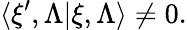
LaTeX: \langle\xi^{\prime},\Lambda|\xi,\Lambda\rangle\not=0.